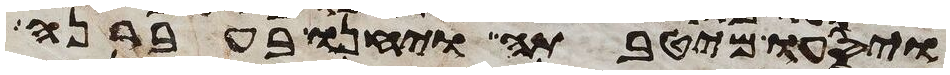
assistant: ויסעו מיטבתה ויחנו בעברנה